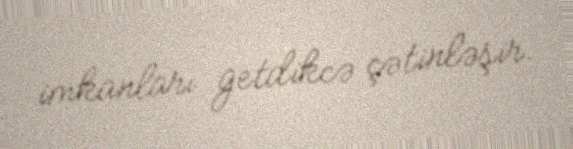
imkanları getdikcə çətinləşir.